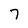
Character: 7